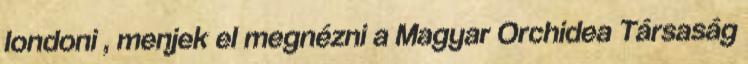
londoni , menjek el megnézni a Magyar Orchidea Társaság